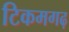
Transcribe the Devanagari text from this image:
टिकमगढ़